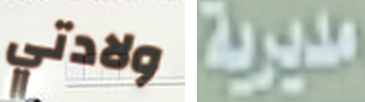
ولادتي مديرية